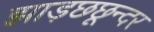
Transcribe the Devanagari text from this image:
झाड़छछून्दर